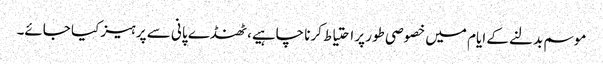
موسم بدلنے کے ایام میں خصوصی طور پر احتیاط کرنا چاہیے، ٹھنڈے پانی سے پرہیز کیا جائے۔